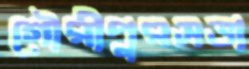
গৌরীপুরসভা